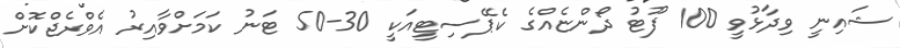
ޝައިނީ ވިދާޅުވީ 100 ފޫޓު ދޯންޏެއްގެ ކެޕޭސިޓީއަކީ 30-50 ޓަނު ކަމަށްވާއިރު އެވްރެޖްކޮށް